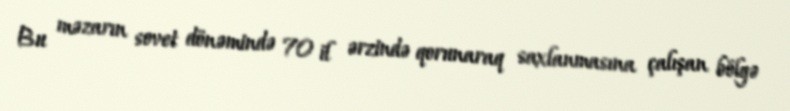
Bu məzarın sovet dönəmində 70 il ərzində qorunaraq saxlanmasına çalışan bölgə